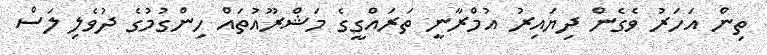
ތިން އަހަރު ވެގެން ދިޔައިރު އުމްރާނީ ތަރައްގީގެ މަޝްރޫއުތައް ހިންގުމުގެ ދުވެލި ލަސް